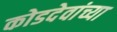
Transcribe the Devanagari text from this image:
कोडदेवांच्या